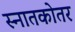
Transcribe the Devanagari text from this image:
स्‍नातकोतर